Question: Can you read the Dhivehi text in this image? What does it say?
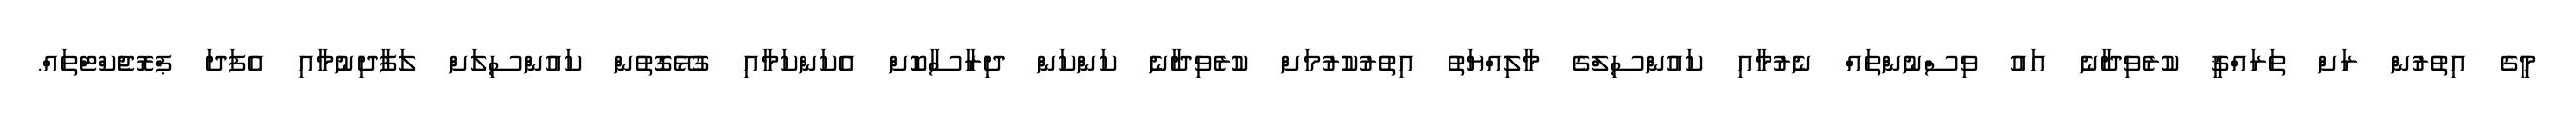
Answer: މީގެ އިތުރުން ރަށް ތަރައްޤީ ކުރެވިދާނެ އައު ވިސްނުންތައް ނެރުމާއި ކައުންސިލްގެ މާލިއްޔަތު އިތުރުކުރުމަށް ކުރެވިދާނެ ކަންކަން ދިރާސާކޮށް އެކަންކަމާއި ގުޅޭގޮތުން ކައުންސިލަށް ލަފާދިނުމާއި އެފަދަ ޕްރޮޖެކްޓްތައް.